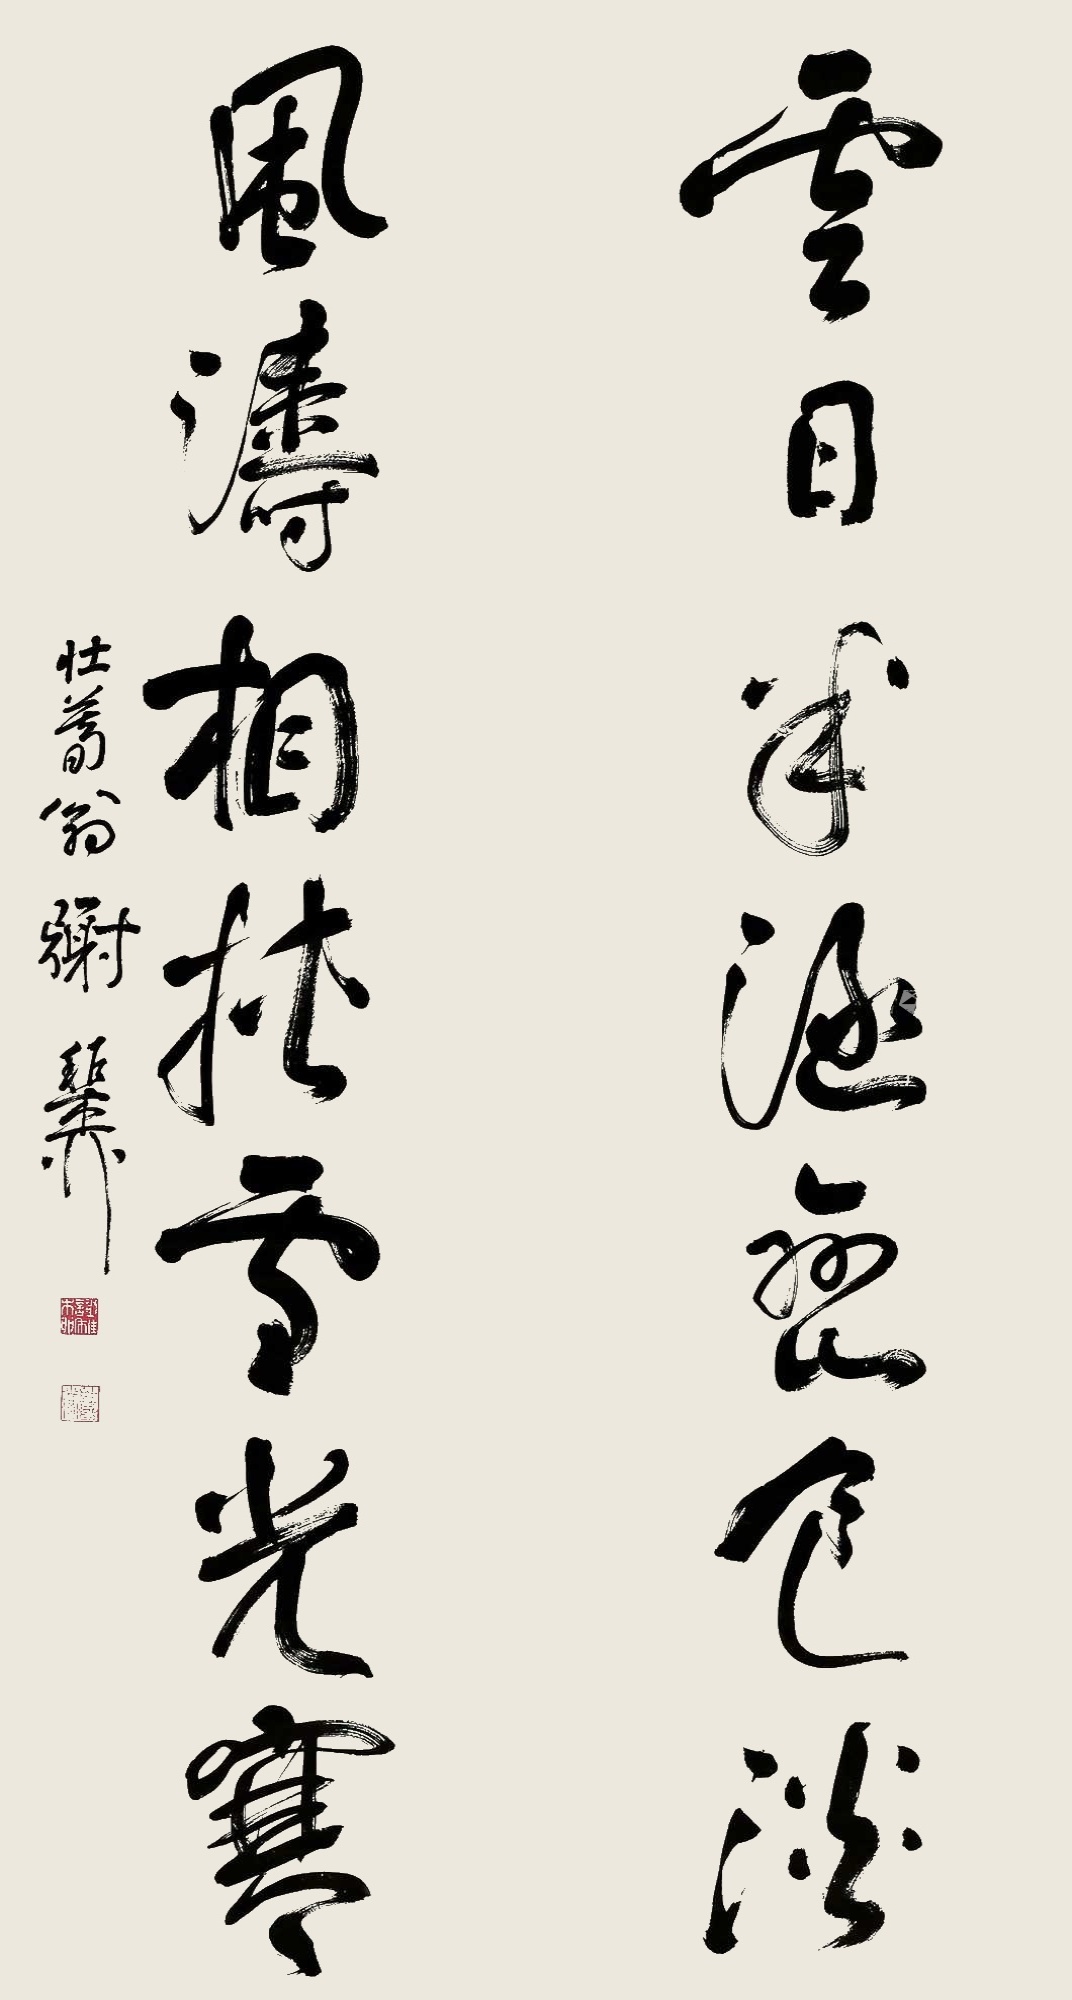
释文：云日半涵峦色淡，风涛相挟雪光寒。壮暮翁，谢稚柳。